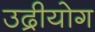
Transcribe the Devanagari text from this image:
उद्रीयोग